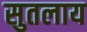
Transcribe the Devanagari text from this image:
सुतलाय